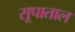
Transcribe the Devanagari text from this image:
सूपाताल